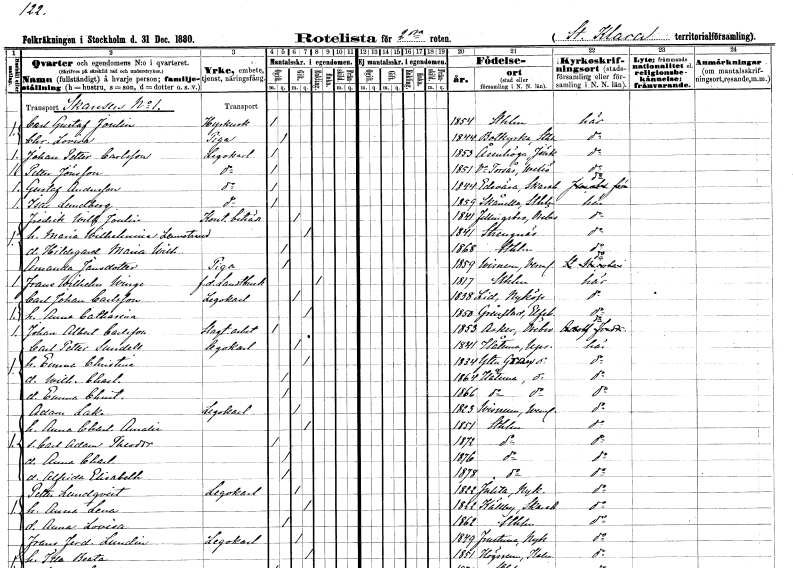
gt_parse: households: individuals: FN: Carl Gustaf
EN: Joulin
YRKE: Hyrkusk
KON: M
CIV: O
FODAR: 1854
FODFORS: Stockholm
FN: Christina Lovisa
YRKE: Piga
KON: K
CIV: O
FODAR: 1844
FODFORS: Botkyrka Stockholms län
FN: Johan Petter
EN: Carlsson
YRKE: Legokarl
KON: M
CIV: O
FODAR: 1853
FODFORS: Åsenhöga Jönköpings län
FN: Petter
EN: Jönsson
YRKE: Legokarl
KON: M
CIV: O
FODAR: 1851
FODFORS: Västra Torsås Kronobergs län
FN: Gustaf
EN: Andersson
YRKE: Legokarl
KON: M
CIV: O
FODAR: 1844
FODFORS: Edsvära Skaraborgs län
FN: Isac
EN: Lundberg
YRKE: Legokarl
KON: M
CIV: O
FODAR: 1859
FODFORS: Skånela Stockholms län
FN: Fredrik Wilhelm
EN: Joulin
YRKE: Kontorsbiträde
KON: M
CIV: G
FODAR: 1841
FODFORS: Fellingsbro Örebro län
FN: Maria Wilhelmina
EN: Lennstrand
KON: K
CIV: G
FODAR: 1841
FODFORS: Strängnäs Södermanlands län
FN: Hildegard Maria Wilhelmina
KON: K
CIV: O
FODAR: 1868
FODFORS: Stockholm
FN: Amanda
EN: Jönsdotter
YRKE: Piga
KON: K
CIV: O
FODAR: 1859
FODFORS: Visnum Värmlands län
FN: Frans Wilhelm
EN: Winge
YRKE: Lantbrukare f.d.
KON: M
CIV: E
FODAR: 1817
FODFORS: Stockholm
FN: Carl Johan
EN: Carlsson
YRKE: Legokarl
KON: M
CIV: G
FODAR: 1838
FODFORS: Lid Södermanlands län
FN: Anna Catharina
KON: K
CIV: G
FODAR: 1850
FODFORS: Grinstad Älvsborgs län
FN: Johan Albert
EN: Carlsson
YRKE: Slaktarbetare
KON: M
CIV: O
FODAR: 1853
FODFORS: Asker Örebro län
FN: Carl Petter
EN: Sundell
YRKE: Legokarl
KON: M
CIV: G
FODAR: 1841
FODFORS: Håtuna Stockholms län
FN: Emma Christina
KON: K
CIV: G
FODAR: 1834
FODFORS: Yttergran Uppsala län
FN: Wilhelmina Charlotta
KON: K
CIV: O
FODAR: 1864
FODFORS: Håtuna Stockholms län
FN: Emma Christina
KON: K
CIV: O
FODAR: 1866
FODFORS: Håtuna Stockholms län
FN: Adam
EN: Lake
YRKE: Legokarl
KON: M
CIV: G
FODAR: 1823
FODFORS: Visnum Värmlands län
FN: Anna Charlotta Amalia
KON: K
CIV: G
FODAR: 1851
FODFORS: Stockholm
FN: Carl Adam Theodor
KON: M
CIV: O
FODAR: 1872
FODFORS: Stockholm
FN: Anna Charlotta
KON: K
CIV: O
FODAR: 1876
FODFORS: Stockholm
FN: Alfrida Elisabeth
KON: K
CIV: O
FODAR: 1878
FODFORS: Stockholm